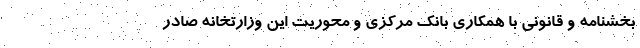
بخشنامه و قانونی با همکاری بانک مرکزی و محوریت این وزارتخانه صادر